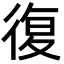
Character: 復